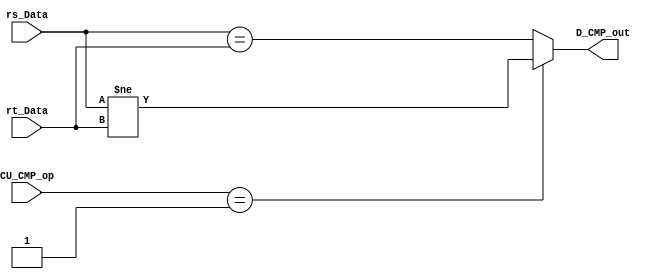
`timescale 1ns / 1ps
//-----------------------------------------------------------------------------------------------------------------


//--------------------------------------------------------------------------------------------------------
module D_CMP (
    input [31:0] rs_Data,
    input [31:0] rt_Data,
    input [1:0] CU_CMP_op,
    output D_CMP_out
    );
//--------------------------------------------------------------------------------------------------------------    


//----------------------------------------------------------------------------------------------------------------
    assign D_CMP_out = (CU_CMP_op == 2'b01) ? (rs_Data != rt_Data) : 
                                             (rs_Data == rt_Data);
//---------------------------------------------------------------------------------------------------------------

endmodule